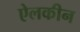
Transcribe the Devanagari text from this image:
ऐलकीन